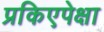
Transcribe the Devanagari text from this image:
प्रकिएपेक्षा